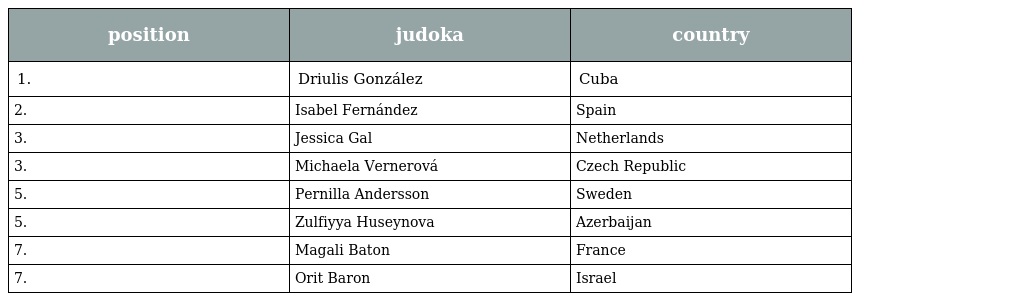
| position | judoka | country |
 | --- | --- | --- |
 | 1. | Driulis González | Cuba |
 | 2. | Isabel Fernández | Spain |
 | 3. | Jessica Gal | Netherlands |
 | 3. | Michaela Vernerová | Czech Republic |
 | 5. | Pernilla Andersson | Sweden |
 | 5. | Zulfiyya Huseynova | Azerbaijan |
 | 7. | Magali Baton | France |
 | 7. | Orit Baron | Israel |